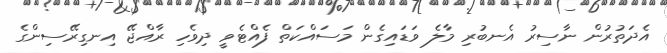
އެދަތުރުން ނާސިރު އެނބުރި މާލެ ވަޑައިގެން މަސައްކަތް ފެއްޓެވީ ދިވެހި ރާއްޖޭ އިނގިރޭސިންގެ